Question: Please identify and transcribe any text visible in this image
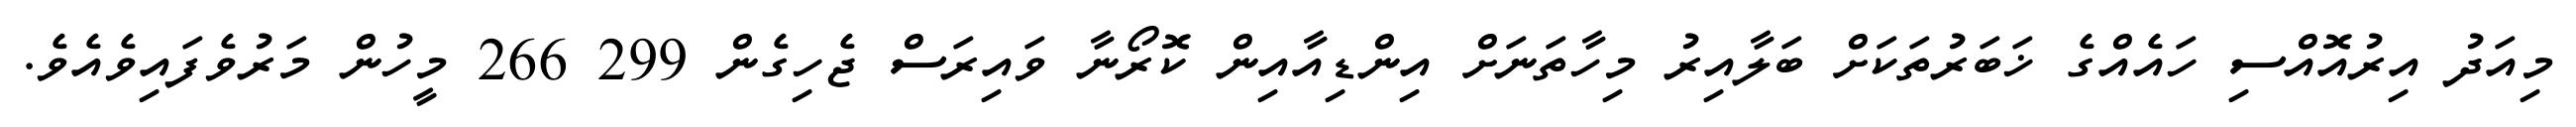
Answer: މިއަދު އިރުއޮއްސި ހައެއްގެ ޚަބަރުތަކަށް ބަލާއިރު މިހާތަނަށް އިންޑިއާއިން ކޮރޯނާ ވައިރަސް ޖެހިގެން 299 266 މީހުން މަރުވެފައިވެއެވެ.